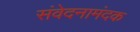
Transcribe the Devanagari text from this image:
संवेदनामंदक